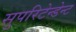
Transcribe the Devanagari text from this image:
सुपरिटेन्डेन्ट